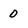
Character: 0